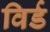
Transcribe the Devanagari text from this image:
विर्ड